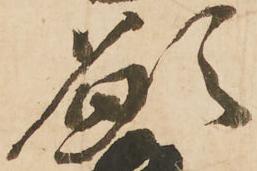
願